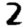
Digit: 2